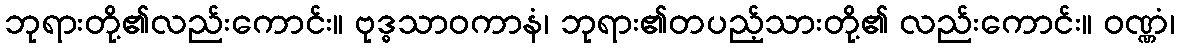
ဘုရားတို့၏လည်းကောင်း။ ဗုဒ္ဓသာဝကာနံ၊ ဘုရား၏တပည့်သားတို့၏ လည်းကောင်း။ ဝဏ္ဏံ၊